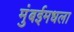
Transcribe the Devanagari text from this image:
मुंबईमधला